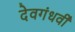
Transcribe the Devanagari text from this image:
देवगंधर्वी